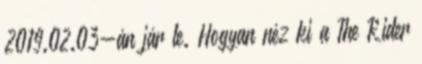
2019.02.03-án jár le. Hogyan néz ki a The Rider